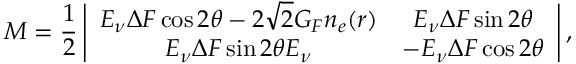
M = \frac { 1 } { 2 } \left| \begin{array} { c c } { { E _ { \nu } \Delta F \cos 2 \theta - 2 \sqrt { 2 } G _ { F } n _ { e } ( r ) } } & { { E _ { \nu } \Delta F \sin 2 \theta } } \\ { { E _ { \nu } \Delta F \sin 2 \theta E _ { \nu } } } & { { - E _ { \nu } \Delta F \cos 2 \theta } } \end{array} \right| ,